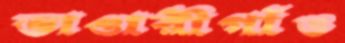
ভাণ্ডারীগাঁও